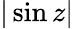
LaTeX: |\sin z|